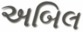
અબિલ